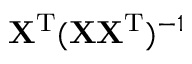
{ \mathbf X } ^ { { \mathrm T } } ( { \mathbf X } { \mathbf X } ^ { { \mathrm T } } ) ^ { - 1 }